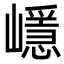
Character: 嶾